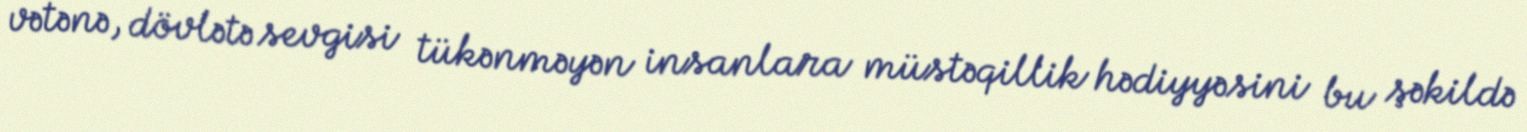
vətənə, dövlətə sevgisi tükənməyən insanlara müstəqillik hədiyyəsini bu şəkildə